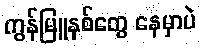
ကွန်မြူနစ်တွေ နေမှာပဲ